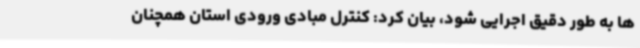
ها به طور دقیق اجرایی شود، بیان کرد: کنترل مبادی ورودی استان همچنان